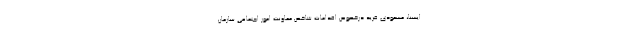
ایسنا، مسعودی فرید درخصوص اقدامات شاخص معاونت امور اجتماعی سازمان